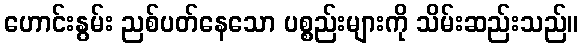
ဟောင်းနွမ်း ညစ်ပတ်နေသော ပစ္စည်းများကို သိမ်းဆည်းသည်။